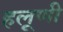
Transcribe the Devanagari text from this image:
हलूणी